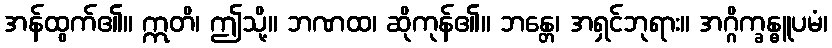
အန်ထွက်၏။ ဣတိ၊ ဤသို့။ ဘဏထ၊ ဆိုကုန်၏။ ဘန္တေ၊ အရှင်ဘုရား။ အဂ္ဂိက္ခန္ဓူပမံ၊